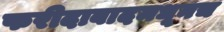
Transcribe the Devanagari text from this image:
फरीदाबादमधूनच